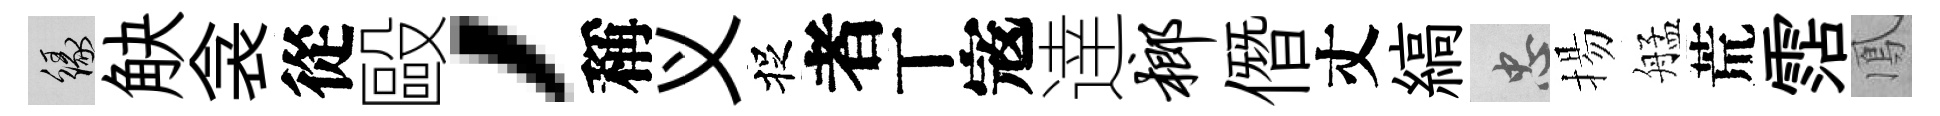
緣觖衾從毆，稱义捉者丅𡨥逹榔僭丈縞忠揚艋荒霑鳳